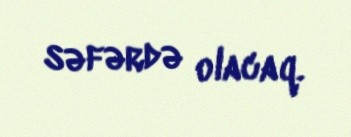
səfərdə olacaq.